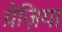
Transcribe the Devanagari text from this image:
ग्रेज़िया